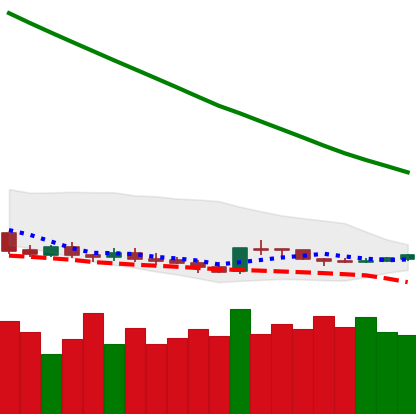
Ticker: DOGE-USD
Chart end date: 2019-02-16
Forward return: 5.405%
Label: up_5_7